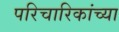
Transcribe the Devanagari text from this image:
परिचारिकांच्या